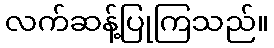
လက်ဆန့်ပြုကြသည်။